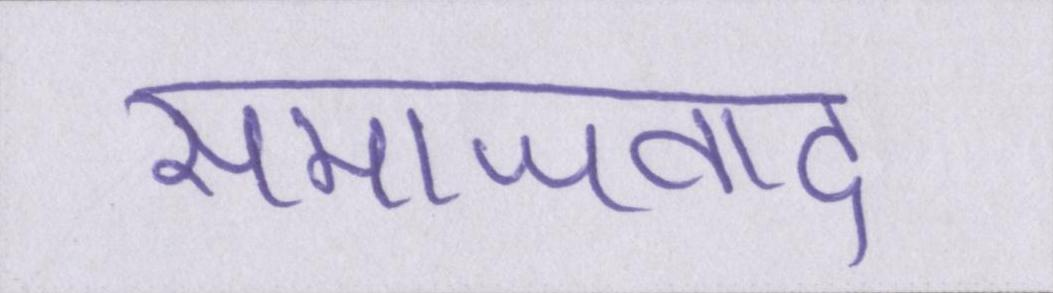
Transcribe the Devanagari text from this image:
समाजवाद